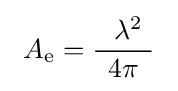
\ A_{\text{e}}={~~\lambda ^{2}\  \over 4\pi }\